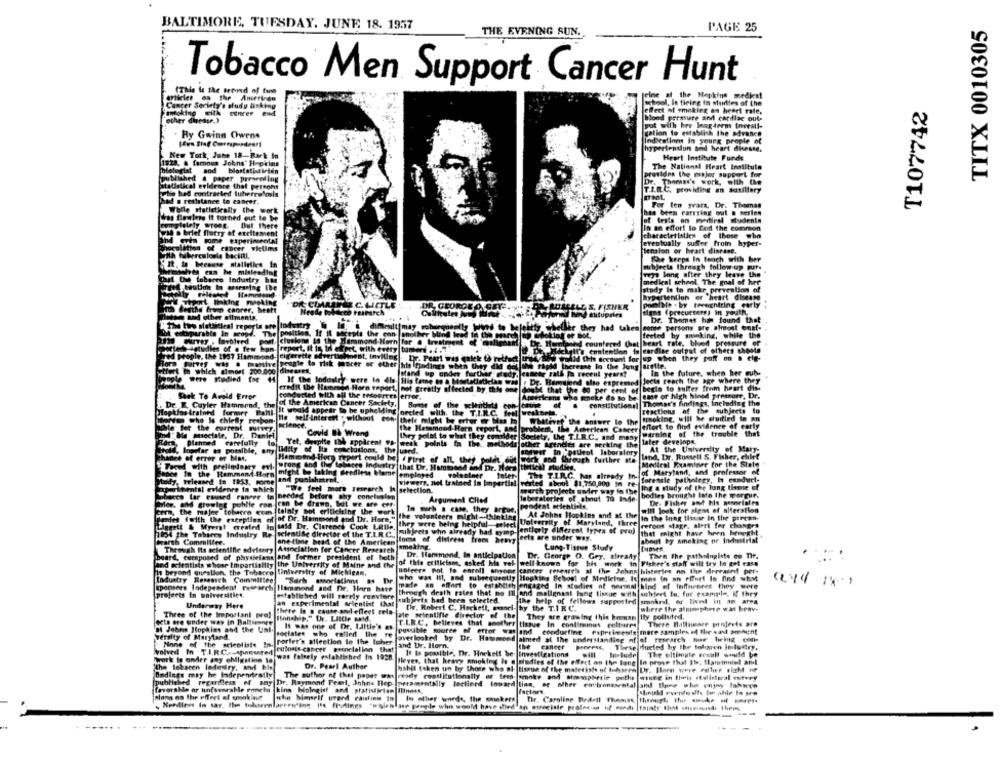
TITX 0010305
BALTIMORE, TUESDAY, JUNE 18. 1937
PAGE 25
THE EVENING SUN.
Tobacco Men Support Cancer Hunt
(This Is the srond of fire
jeine at the Napkins medica!
Cancer Society's study asking
school, it ticing in surles of the
T107742
Moking EilA concer end
effect of smoking on heart rate,
other disease.)
blood parasure and cardiac out-
pot with her laag -term Investl-
Ry Gwinn Owens
gation to establish the advance
Indications in young prople of
hypertension and heart diesse.
New York, June 18-Rark In
Heart Institute Funds
1928, & famous Johns Hopkins
The National Heart Institute
hlelogist aod blostatistician
provides the majer support for
Ablished & paper presending
Dr. Thomas's work, with the
staUstical evidence that persons
T.I.R.C. providing an satillary
to bed contracted tuberculosis
Ihad a resistance to cancer.
For ten years. Dr. Theanan
While statietically the work
has been carrying out & series
des Bowlers it turned out to be
of tests on myitleal students
ompletely wrong. But there
In an effort lo fof the common
5.30 a brief flurry of excitement
[characteristics of those who
Ind even some experimental
feventually suffer from hyper-
hoculation of cancer victims
[tension or heart disease.
with tuberculosis baciiti.
She keeps In teach with her
ribjecia through follow up pur.
mighty enn he misleading
veya long after they leave the
Chat Use tobarre Industry hos
medical school. The goal of her
study Is to makr prevention of
truly riltalet Hammond.
Hypertention er heart disease
WW Thent linking moking
DR CIMAUNE C. LETLE
DE GEORGE
RUARELL S. FISHER
pontble . by tweehiring early
inh Bedthe trump cancer, beatt
signe (preeursers) in youth,
Inthe and other ailments.
Woord Ning elitupries
Dr. Thomas has found that
Industry
difheult may soberquenily Woes to bejeitty whether they had taken some persons are almost ens[ ..
M extirparable In seopts
The
position. If it seceple the con another blind beed in the pourchip @flaking er Bot,
eeted by sminking, while the
clusions 14 the Bermond-Hern for . trest
hd countered Che
heart rate, blood pressure of
Hterh detudles of a few Por
report, It Is, In effect, with every tumted . 4.
.DeEdckyit's contention is cardise output of others shoots
Ted people, the 1937 Hammond
cigarette savertishest, inviting . Dr. Peari was (alek th retfact
idid this account for jup when they poff on . ele-
Flora Farver was . madaire
people to risk Pocer of ether idis findings when they did not the rapid therease in the long arette.
hect In which almost 200.000 diseases.
Istand up onder forthar study. esteer gall ja recent years?
In the future, when her cubs-
Ae were Studied for
H If the loddalry were lo die His taine en a Mortetiatielan
Dr. Bemused the expressed Jects reach the age where they
eredil the Hamengel Horn report, not greatly affected by this
haast that the 00 per cent of
begin to suffer from heart dis-
Seek To Avoid Error
conducted with all the resources error,
Articleans who smoke do so be' sme or high hined pressure, Dr.
. Dr. E. Cuyler Hammond, the
fot the American Cancer Society,
Some of the scientists
constitutional Thomas's findings, including the
Hopkins trained former Balti-
It would appear to be uphelding orcied with, the T.I.R.C. frel weskorts.
Teactions of the subjects to
Man who Is chiefly respon-
Ile self-Interest . without Con. thele might be erter or bien la
Whatever the answer lo the
irmeking, will he cuitled in an
ble fet the current murwere
science.
robler, the American Cancer
effort to find evidence of early
pesociate. Dr.
Covid I Wrang
the Hetamond Horn report, And Pro
Ihry polot to what they comalder Society, the T.I.R.C. and many
warning of the trouble that
Planned carefully
Yet, despite the apparent Vh- week points in the methods other Agencies are seeking the
later developa.
Ingofar as possible, any
ny Udity of Ita conclusions, the used.
In pauleot laboratory
At the University of Muy-
Chance of error or bat,
land, Dr. Russell S. Fisher, chlet
" Treed with prelindomy evi.
Hemmend Hoch Trport could be . First of all, they polat dit work and through further sta
wrong and the tobacco Industry that Dr. Hammond and Dr. Hors |thetical studies,
Medical Porminer for the State
lance In the Hammond-Horn
might be taking
alting Grediese bemel
of Maryland, and professor of
Stody, trleaned in 1953, porne
and punishatent. -
emplayed valableer taler The T.I.R.C. has already In-
forensle pathology, Is conduct-
aperlbentsl evidence in which
"We feel more research Is selection.
viewers, nel trained In linpartial vented about $1,750,000 in re-
Ing a study of the lung time of
Tobacco lar roused raneer to needed before thy conclusion
laboratories of about 70 Inde-
south projects under way to the
bodies brought late the worgur.
ler, and growing publie ron con be drawn, but we are cer-
. Argument Cited
pendent scientists.
De. Fisher aod his assorioles
cern, the major tobacco com.
com. Lelaly sot eritieiting the work
In much a case, they argue, Per
will look for siess of alter
niet fwith the exception of of Dr. Hamesond and Dr. Hare,"
the volunteers might-thinking]
At Johns Hopkins and of the
In the inng tisser in the precan-
Liggett & Myerst created In said Dr. Clarence Cook Little.
they were being helphal-select University of Maryland, three
perons stage, alert før changes
7054 The Tobacco Industry Re scientific director of the T.L.R.C .,
Subjects who already had symp entierly diferent types of proj
that might have been brought
Hartb Committee.
one-time head of the American
toma of divirem frem heavy eets are under way.
about by smoking or Inchestrial
Thewigh Its scientific advisory |Association for Cancer Research
smoking
Lung-Tissue Study
Boar, composed of physicians and former president of heth
Dr. Hansmond, In anticipation Dr. Cenrge O. Gey, already! Then The pathsinglete en Tir.
and ocfeatists whoor Empartiality the University of Maine and the
of this criticism, asked hla vel |well-known for his work in Fisher's staff will try to pet case
is beyond qurallon, the Tobacco University of Michigan,
unleere not to enroll anone |cancer research al the Johns histeries on the drreaint per-
Industry Research Committee
"Sarh smorlatinme as Dr.
who was Itt, and subsequently Hopkins School of Medicine, Is mes in an effort lo find what
sponsers Independent research Ilammond and Dr. Harm have
made an effort to establish engaged In studies of neemal kind of Inffnenres they were
projects in universitiet
established will rarely renstore
threegh death rates that he ill end malignast lung tissue with ushjert to, for example, If they
an experimental scientist that
subjects had been selected.
the help of fellows supported smokrd, e lived in an area
Underway Here
there in a cause and effect cela-
De, Robert C. Hochett, conci- by the T.I R.C.
where the aintosphere wat heav-
Three of the important pre, manship." Dr. Little said.
jate scientifle director of the They are growing this banan ily polluted.
Gita ore under way in Baltimmer
It was one of Dr. Little's os-
T.L.R.C, believes that another tissue In continemos cultures There Hallimaer projects are
's Johns Hopkins and the Uni-
sociales who called the re
posible moutte of ettor was
and conducting experimente mere samples of the vast amount
versity of Maryland.
Porter's alleetion le the toher
averlooked by Dr. Hawmond aimed at the understanding of of research bor hiring con-
None of the scientist. In-
culosis cancer esencialinn that
and Dr. Horn.
the cancer proveess Thirse ducted by the toloren Imlustry,
d In TI.R.C .- sponsored
was falsely established In 1928.
It Is possible. Dr. Hockelf be- Investigations
The ultimate sesull would be
work In under any obligation to
Dr. Pearl Author
leves, that heavy smoking is @ studies of the effect on the lang In prove that Ile, Slanmniel and
Ondings may he independently
"the lebacen lodedry, and ble
bahit (sken uo by those who al tissue of the matetists of Ichsere Ur, Ilorn wove roller riaM nf
The author of thet paper was ready restitutionally or tesp- smoke and simosphrsie pethe- wrote in theis realisteral etwey
Ished regardless of any Dr. Raymond Pearl, Johns Hep Iperamentally Inclined toward lins, or other environmental and flyne whe enjny lohace
favorable or tin(svaralle romelu kins biologief and statistician Iness,
plans on the offret of smaklave
should eventosthe he phle to sre
whe himself urerd caution In In other words, the smaker
Dir. Caroline Redall ThAms
Kendlens In sar, Ile tobteenlaerenfing ift fistings "whichlate pregde who would have died an sureciste prales-an of wurde |tainty that immed Hipis
---